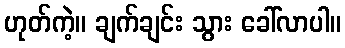
ဟုတ်ကဲ့။ ချက်ချင်း သွား ခေါ်လာပါ။